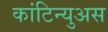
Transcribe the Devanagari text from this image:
कांटिन्युअस